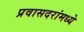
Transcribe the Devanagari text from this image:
प्रवासदरांमध्ये